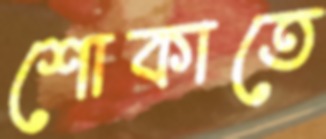
শোকাতে